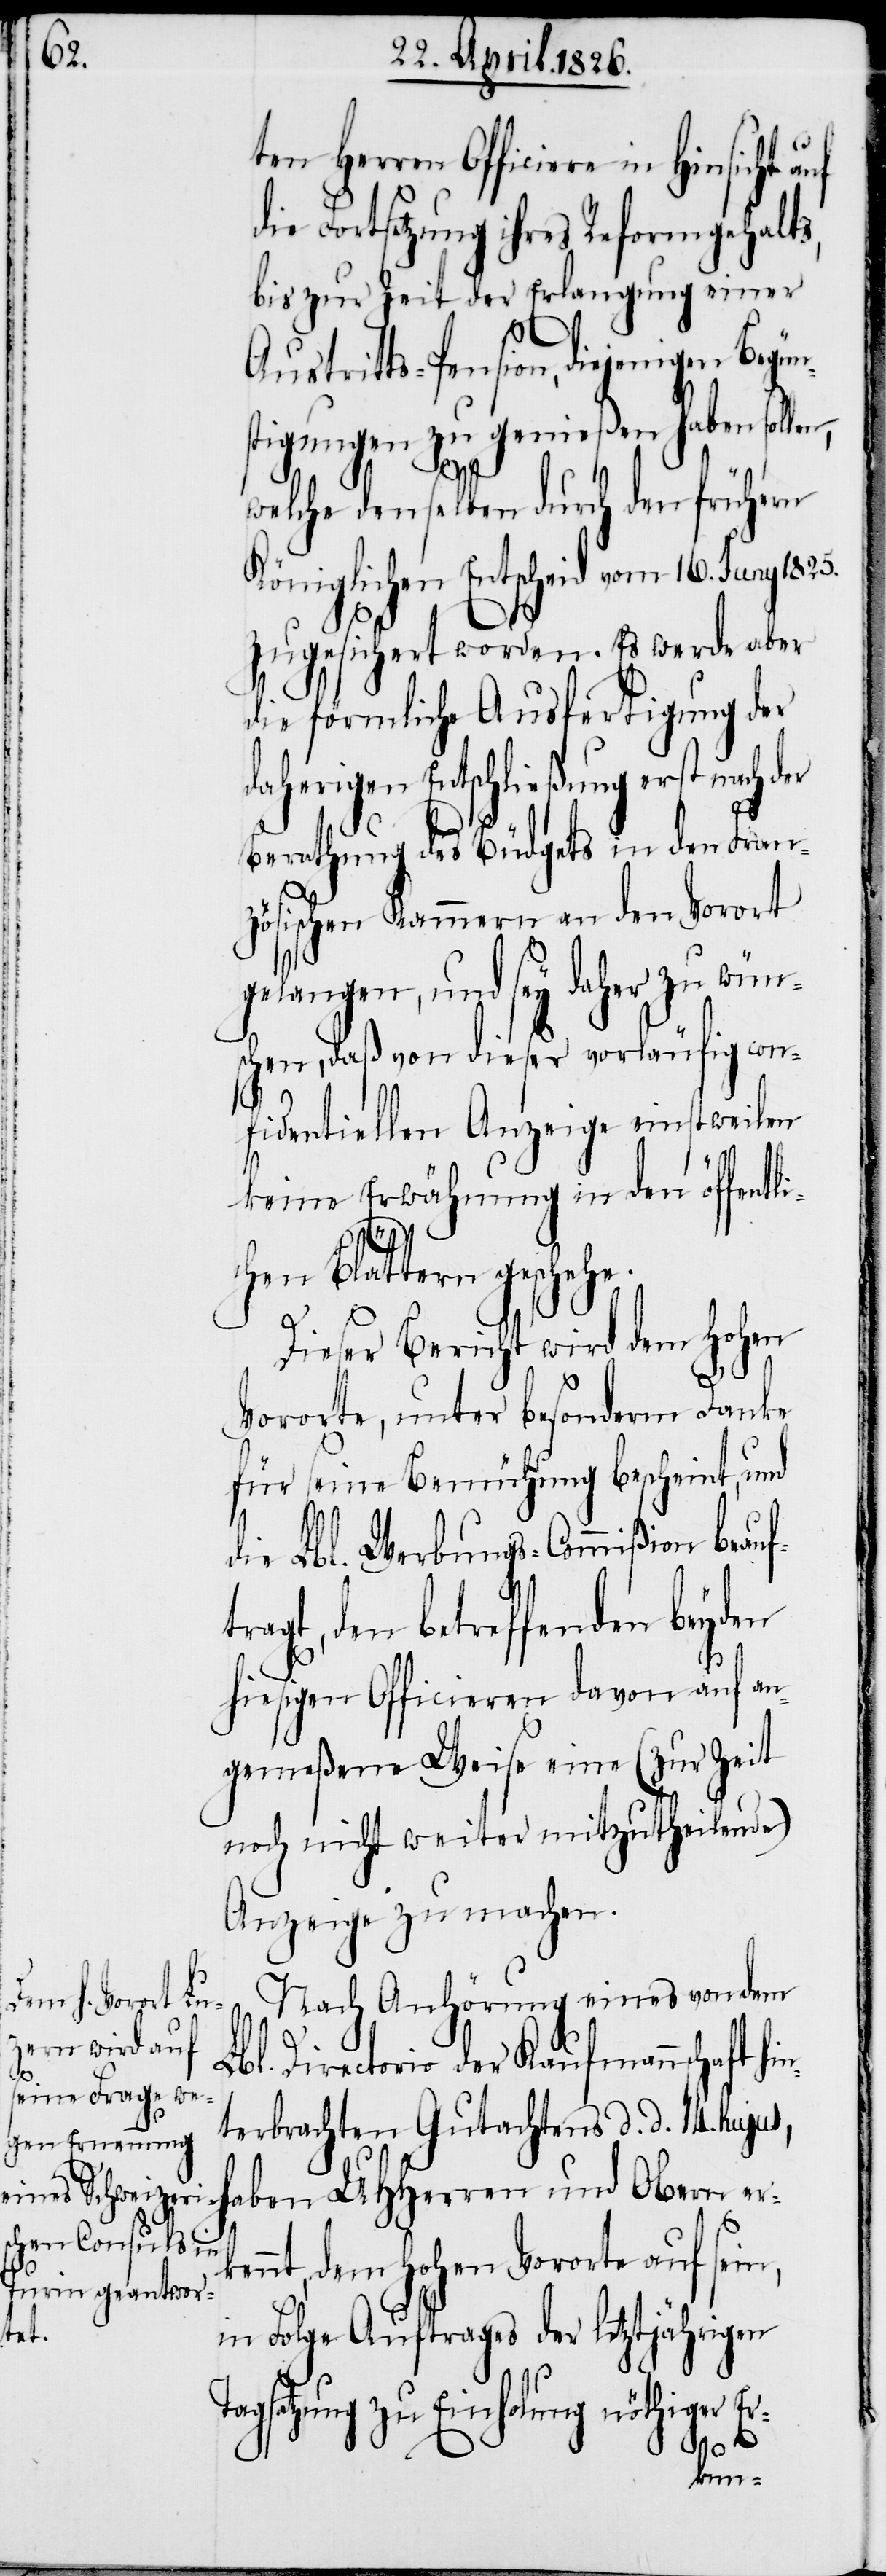
ten Herren Officiere in Hin¬
ie Fortsetzung ihres Reformgehalts,
bis zur Zeit der Erlangung einer
Austritts-Pension, diejenigen
stigungen zu genießen haben sollen,
sicht
welche denselben durch den frühern
Königlichen Entscheid vom 16. Juny
zugesichert worden. Es werde aber
die förmliche Ausfertigung der
daherigen Entschließung erst nach der
Berathung des Büdgets in den Franz¬
ösischen Kammern an den Vorort
gelangen, und sey daher zu wün¬
schen, daß von dieser vorläufig con¬
fidentiellen Anzeige einstweilen
keine Erwähnung in den öffentl¬
ichen Blättern gesche¬
T¬
Dieser Bericht wird dem hohen
Vororte, unter besonderm Danke
für seine Bemühung bescheint, und
die Lbl. Werbungs-Commißion beauf¬
ragt, den betreffenden beyden
hiesigen Officieren davon auf an¬
gemeßene Weise eine (zur Zeit
noch nicht weiter mitzutheilende)
Anzeige zu machen.
Nach Anhörung eines von dem
Lbl. Directorio der Kaufmannschaft hi¬
n¬
terbrachten Gutachtens d. d. 14. hujus,
haben UHHerren und Obern erk¬
ennt, dem hohen Vororte auf sein,
1825.
in Folge Auftrages der letztjährigen
agsatzung zu Einholung nöthiger Er-
Begün¬